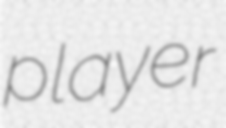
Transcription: player